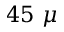
4 5 ~ \mu